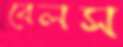
বেলস